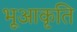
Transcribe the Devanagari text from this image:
भूआकृति